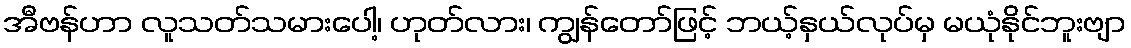
အီဗန်ဟာ လူသတ်သမားပေါ့၊ ဟုတ်လား၊ ကျွန်တော်ဖြင့် ဘယ့်နှယ်လုပ်မှ မယုံနိုင်ဘူးဗျာ